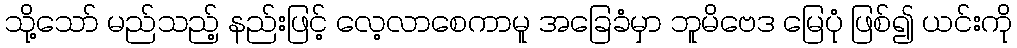
သို့သော် မည်သည့် နည်းဖြင့် လေ့လာစေကာမူ အခြေခံမှာ ဘူမိဗေဒ မြေပုံ ဖြစ်၍ ယင်းကို